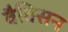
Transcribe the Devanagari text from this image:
वैक्सिन